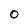
Character: O